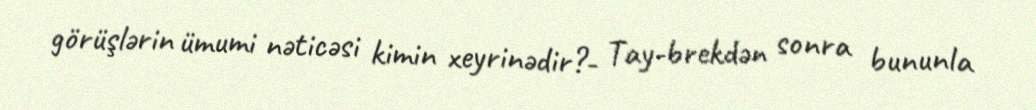
görüşlərin ümumi nəticəsi kimin xeyrinədir?- Tay-brekdən sonra bununla